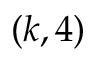
( k , 4 )